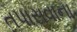
તપાસવાના